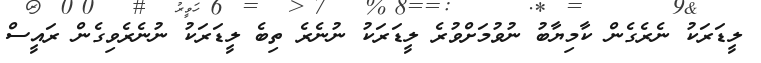
ލީޑަރަކު ނެރެގެން ކާމިޔާބު ނުވުމަށްވުރެ ލީޑަރަކު ނުނެރެ ތިބެ ލީޑަރަކު ނުނެރެވިގެން ރައީސް